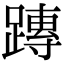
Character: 𨄔